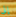
إلى